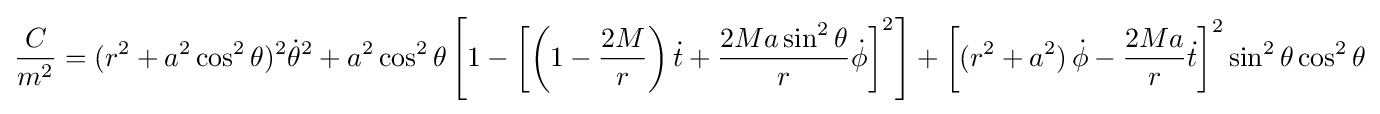
{\frac {C}{m^{2}}}=(r^{2}+a^{2}\cos ^{2}\theta )^{2}{\dot {\theta }}^{2}+a^{2}\cos ^{2}\theta \left[1-\left[\left(1-{\frac {2M}{r}}\right){\dot {t}}+{\frac {2Ma\sin ^{2}\theta }{r}}{\dot {\phi }}\right]^{2}\right]+\left[(r^{2}+a^{2})\,{\dot {\phi }}-{\frac {2Ma}{r}}{\dot {t}}\right]^{2}\sin ^{2}\theta \cos ^{2}\theta